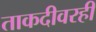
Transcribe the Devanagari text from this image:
ताकदीवरही